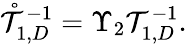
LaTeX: \begin{array}{r}{\mathring{\mathcal{T}}_{1,D}^{-1}=\Upsilon_{2}\mathcal{T}_{1,D}^{-1}.}\end{array}